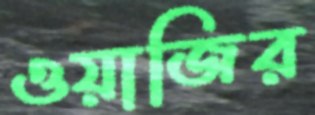
ওয়াজির